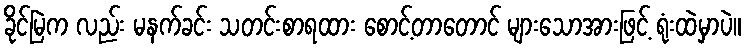
ခိုင်မြဲက လည်း မနက်ခင်း သတင်းစာရထား စောင့်တာတောင် များသောအားဖြင့် ရုံးထဲမှာပဲ။